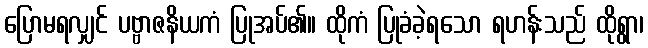
ပြောမရလျှင် ပဗ္ဗာဇနိယကံ ပြုအပ်၏။ ထိုကံ ပြုခံခဲ့ရသော ရဟန်းသည် ထိုရွာ၊